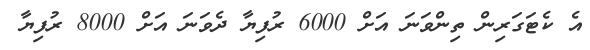
އެ ކެޓަގަރިން ތިންވަނަ އަށް 6000 ރުފިޔާ ދެވަނަ އަށް 8000 ރުފިޔާ